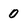
Character: 0